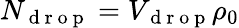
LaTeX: N_{\mathrm{~d~r~o~p~}}=V_{\mathrm{~d~r~o~p~}}\rho_{0}